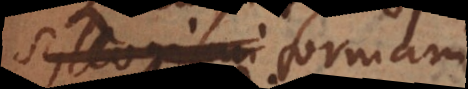
in formam